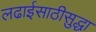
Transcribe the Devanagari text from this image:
लढाईसाठीसुद्धा